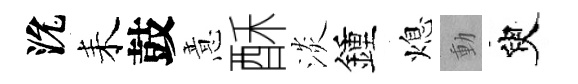
沇耒鼓意酥淡鍾熄動臾